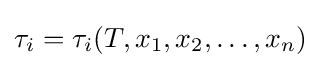
\tau _{i}=\tau _{i}(T,x_{1},x_{2},\ldots ,x_{n})